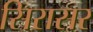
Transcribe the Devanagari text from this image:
सिरासर